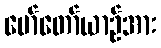
မော်တော်ယာဉ်အား